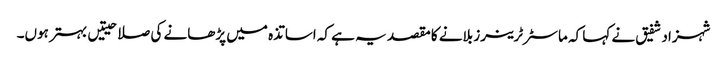
شہزاد شفیق نے کہا کہ ماسٹر ٹرینرز بلانے کا مقصد یہ ہے کہ اساتذہ میں پڑھانے کی صلاحیتیں بہتر ہوں۔